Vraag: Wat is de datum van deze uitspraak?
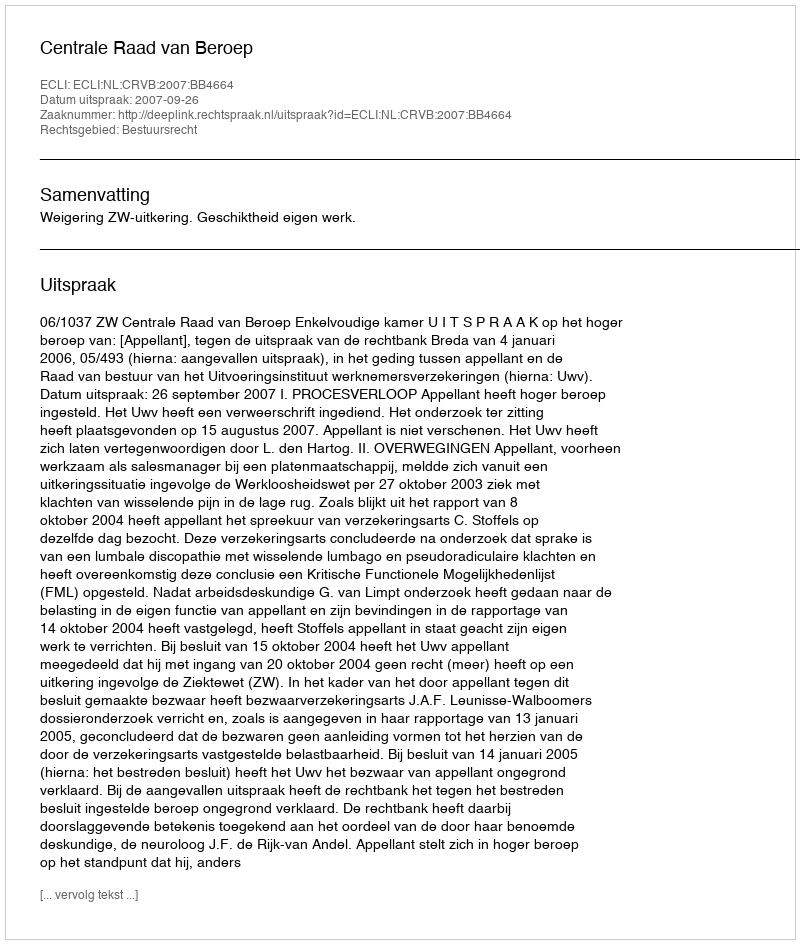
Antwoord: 2007-09-26